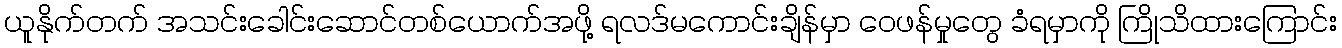
ယူနိုက်တက် အသင်းခေါင်းဆောင်တစ်ယောက်အဖို့ ရလဒ်မကောင်းချိန်မှာ ဝေဖန်မှုတွေ ခံရမှာကို ကြိုသိထားကြောင်း